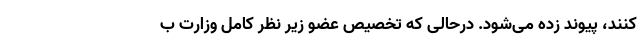
‌کنند، پیوند زده می‌شود. درحالی که تخصیص عضو زیر نظر کامل وزارت ب